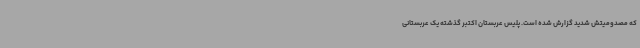
که مصدومیتش شدید گزارش شده است. پلیس عربستان اکتبر گذشته یک عربستانی